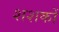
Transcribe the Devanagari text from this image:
शशकों